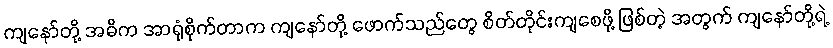
ကျနော်တို့ အဓိက အာရုံစိုက်တာက ကျနော်တို့ ဖောက်သည်တွေ စိတ်တိုင်းကျစေဖို့ ဖြစ်တဲ့ အတွက် ကျနော်တို့ရဲ့